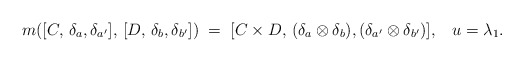
\begin{align*} m([C,\, \delta_a,\delta_{a'}],\, [D, \,\delta_b,\delta_{b'}]) \;= \; [C \times D,\, (\delta_a \otimes \delta_b),(\delta_{a'} \otimes \delta_{b'})],\; \;\; u = \lambda_1.\end{align*}